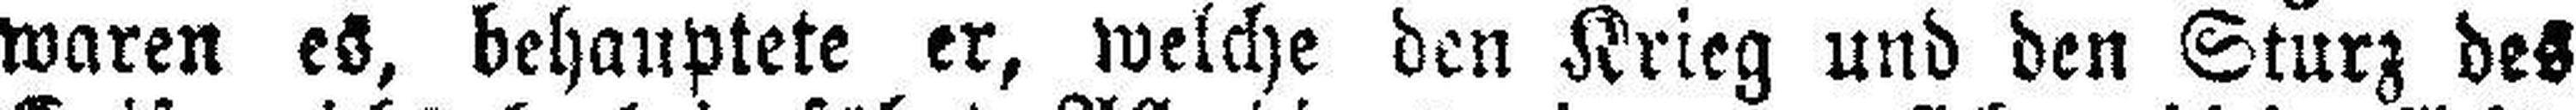
waren es, behauptete er, welche den Krieg und den Sturz des